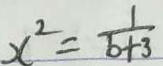
x ^ { 2 } = \frac { 1 } { b + 3 }